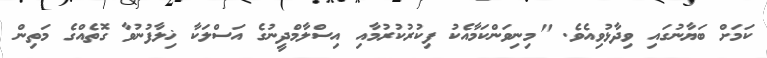
ކަމަށް ބަޔާނުގައި ވިދާޅުވިއެވެ. "މިނިވަންކަމާއެކު ފިކުރުކުރުމާއި އިސްލާމްދީނުގެ އަސްލަކާ ޚިލާފުނުވާ ގޮތެއްގެ މަތިން